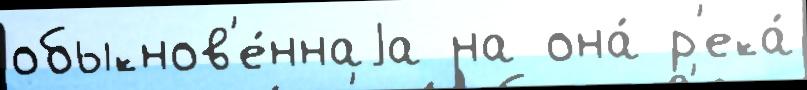
обыкнов'е́ннаjа на она́ р'ека́